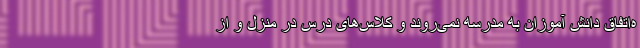
ه‌اتفاق دانش آموزان به مدرسه نمی‌روند و کلاس‌های درس در منزل و از